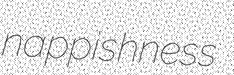
nappishness